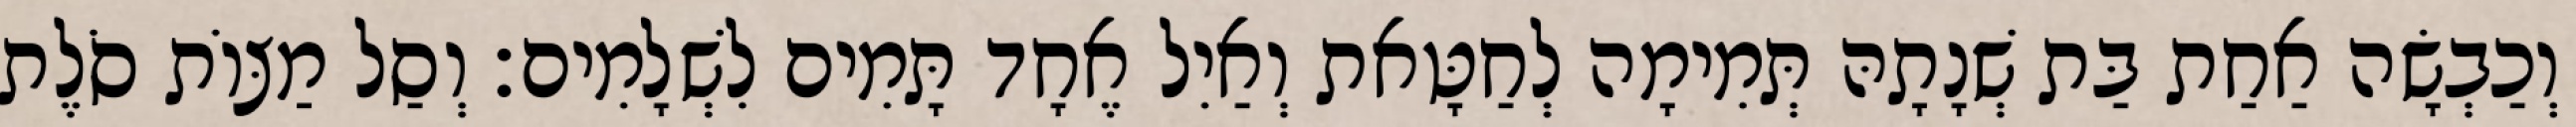
וְכַבְשָׂה אַחַת בַּת שְׁנָתָהּ תְּמִימָה לְחַטָּאת וְאַיִל אֶחָד תָּמִים לִשְׁלָמִים׃ וְסַל מַצּוֹת סֹלֶת